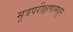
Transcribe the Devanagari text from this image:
मूत्रपरीक्षणामधून